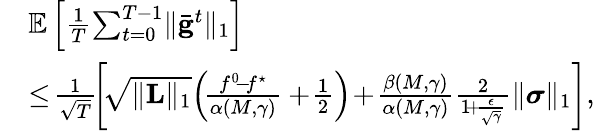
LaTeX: \begin{array}{rl}&{\mathbb{E}\left[\frac{1}{T}\! \sum_{t=0}^{T-1}\lVert\bar{\mathbf{g}}^{t}\rVert_{1}\right]}\\ &{\leq\! \frac{1}{\sqrt{T}}\! \left[\! \sqrt{\lVert\mathbf{L}\rVert_{1}}\! \left(\! \frac{f^{0}\! -\! f^{\star}}{\alpha(M,\gamma)}+\! \frac{1}{2}\right)\! +\! \frac{\beta(M,\gamma)}{\alpha(M,\gamma)}\frac{2}{1\! +\! \frac{\epsilon}{\sqrt{\gamma}}}\lVert\boldsymbol{\sigma}\rVert_{1}\right],}\end{array}